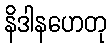
နိဒါနဟေတု